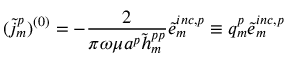
( \tilde { j } _ { m } ^ { p } ) ^ { ( 0 ) } = - { \frac { 2 } { \pi \omega \mu a ^ { p } \tilde { h } _ { m } ^ { p p } } } \tilde { e } _ { m } ^ { i n c , p } \equiv q _ { m } ^ { p } \tilde { e } _ { m } ^ { i n c , p }